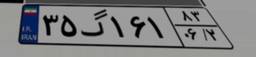
۳۵گ۱۶۱۸۳